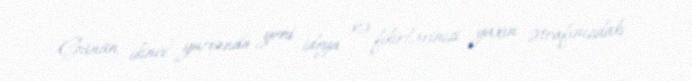
Günün ikinci yarısında yeni ideya və fikirlərinizi yaxın ətrafınızdakı